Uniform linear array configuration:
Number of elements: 32
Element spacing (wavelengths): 0.5
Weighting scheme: blackman
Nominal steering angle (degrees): -45
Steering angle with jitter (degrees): -45.177
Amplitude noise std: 0.05
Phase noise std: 0.05

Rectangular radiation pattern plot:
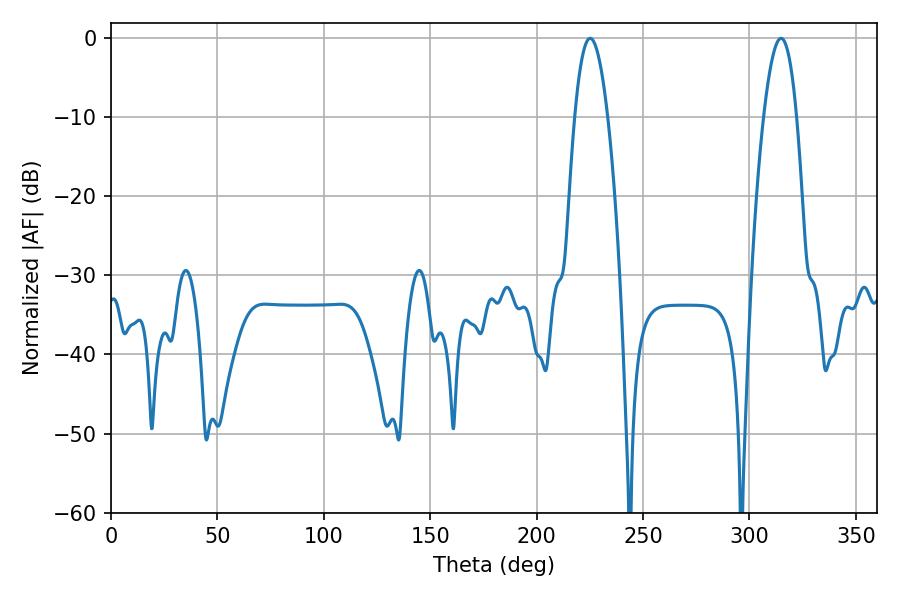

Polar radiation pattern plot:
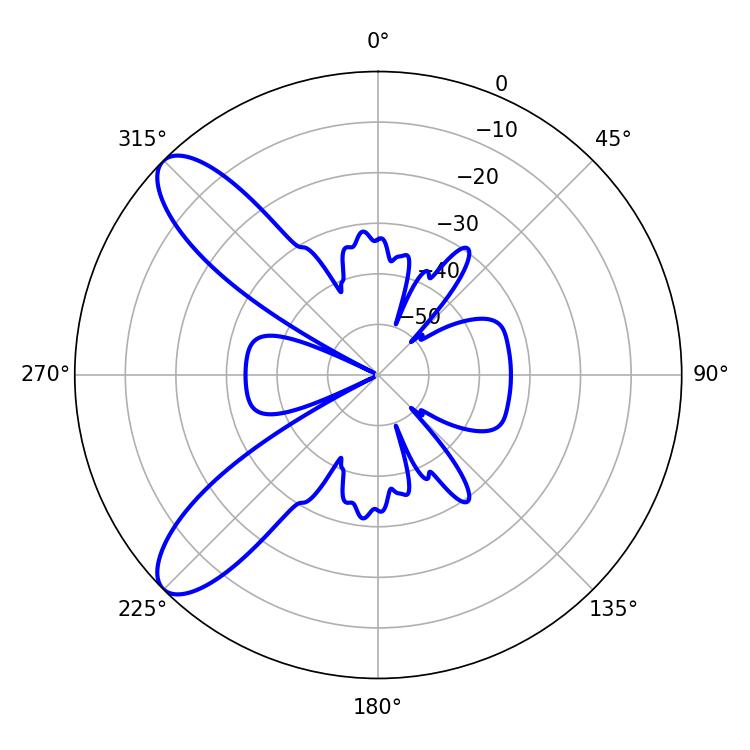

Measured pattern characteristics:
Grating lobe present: FALSE
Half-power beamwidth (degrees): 8.46
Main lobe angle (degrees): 225.18